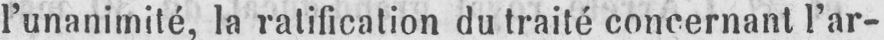
l’unanimité, la ratification du traité concernant l’ar-